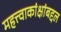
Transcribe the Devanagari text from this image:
महत्त्वाकांक्षांबद्दल